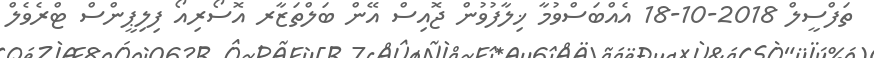
ތަފްސީލް 2018-10-18 އެއްބަސްވުމާ ޚިލާފުވުން ޖޮއިސް އޭން ބަލްތަޒާރ އޮސޯރިއޯ ފިލިޕީންސް ޓްރެވެލް